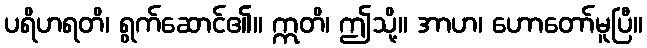
ပရိဟရတိ၊ ရွက်ဆောင်၏။ ဣတိ၊ ဤသို့။ အာဟ၊ ဟောတော်မူပြီ။